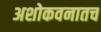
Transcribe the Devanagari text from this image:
अशोकवनातच